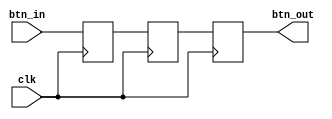
`timescale 1ns / 1ps

module btn_debounce(
    input clk,
    input btn_in,
    output btn_out
    );
    
    reg t0, t1, t2;
    
    always @(posedge clk) begin
        t0 <= btn_in;
        t1 <= t0;
        t2 <= t1;
    end
    
    assign btn_out = t2;
    
endmodule